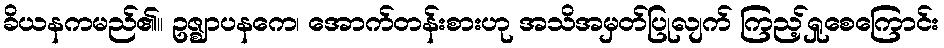
ခိယနကမည်၏။ ဥဇ္ဈာပနကေ၊ အောက်တန်းစားဟု အသိအမှတ်ပြုလျက် ကြည့်ရှုစေကြောင်း